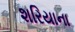
શરિયાના